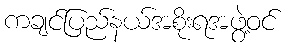
ကချင်ပြည်နယ်အစိုးရအဖွဲ့ဝင်